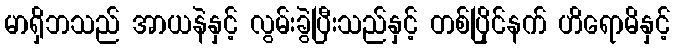
မာရှိဘသည် အာယနဲနှင့် လွမ်းခွဲပြီးသည်နှင့် တစ်ပြိုင်နက် ဟိရောမိနှင့်